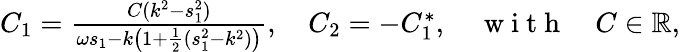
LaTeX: \begin{array}{r}{C_{1}=\frac{C(k^{2}-s_{1}^{2})}{\omega s_{1}-k\left(1+\frac{1}{2}(s_{1}^{2}-k^{2})\right)},\quad C_{2}=-C_{1}^{*},\quad\mathrm{~w~i~t~h~}\quad C\in\mathbb{R},}\end{array}